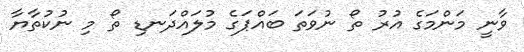
ވާނީ މަންމަގެ އުރު ތޯ ނުވަތަ ބައްޕަގެ މުލައްދަނޑި ތޯ މި ނުކުތާޔާ